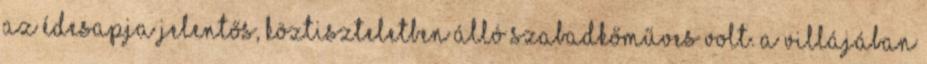
az édesapja jelentős, köztiszteletben álló sza­bad­kőműves volt. A villájában